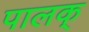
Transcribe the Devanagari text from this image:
पालक्